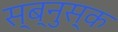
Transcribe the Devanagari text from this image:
स्ब्नुस्क